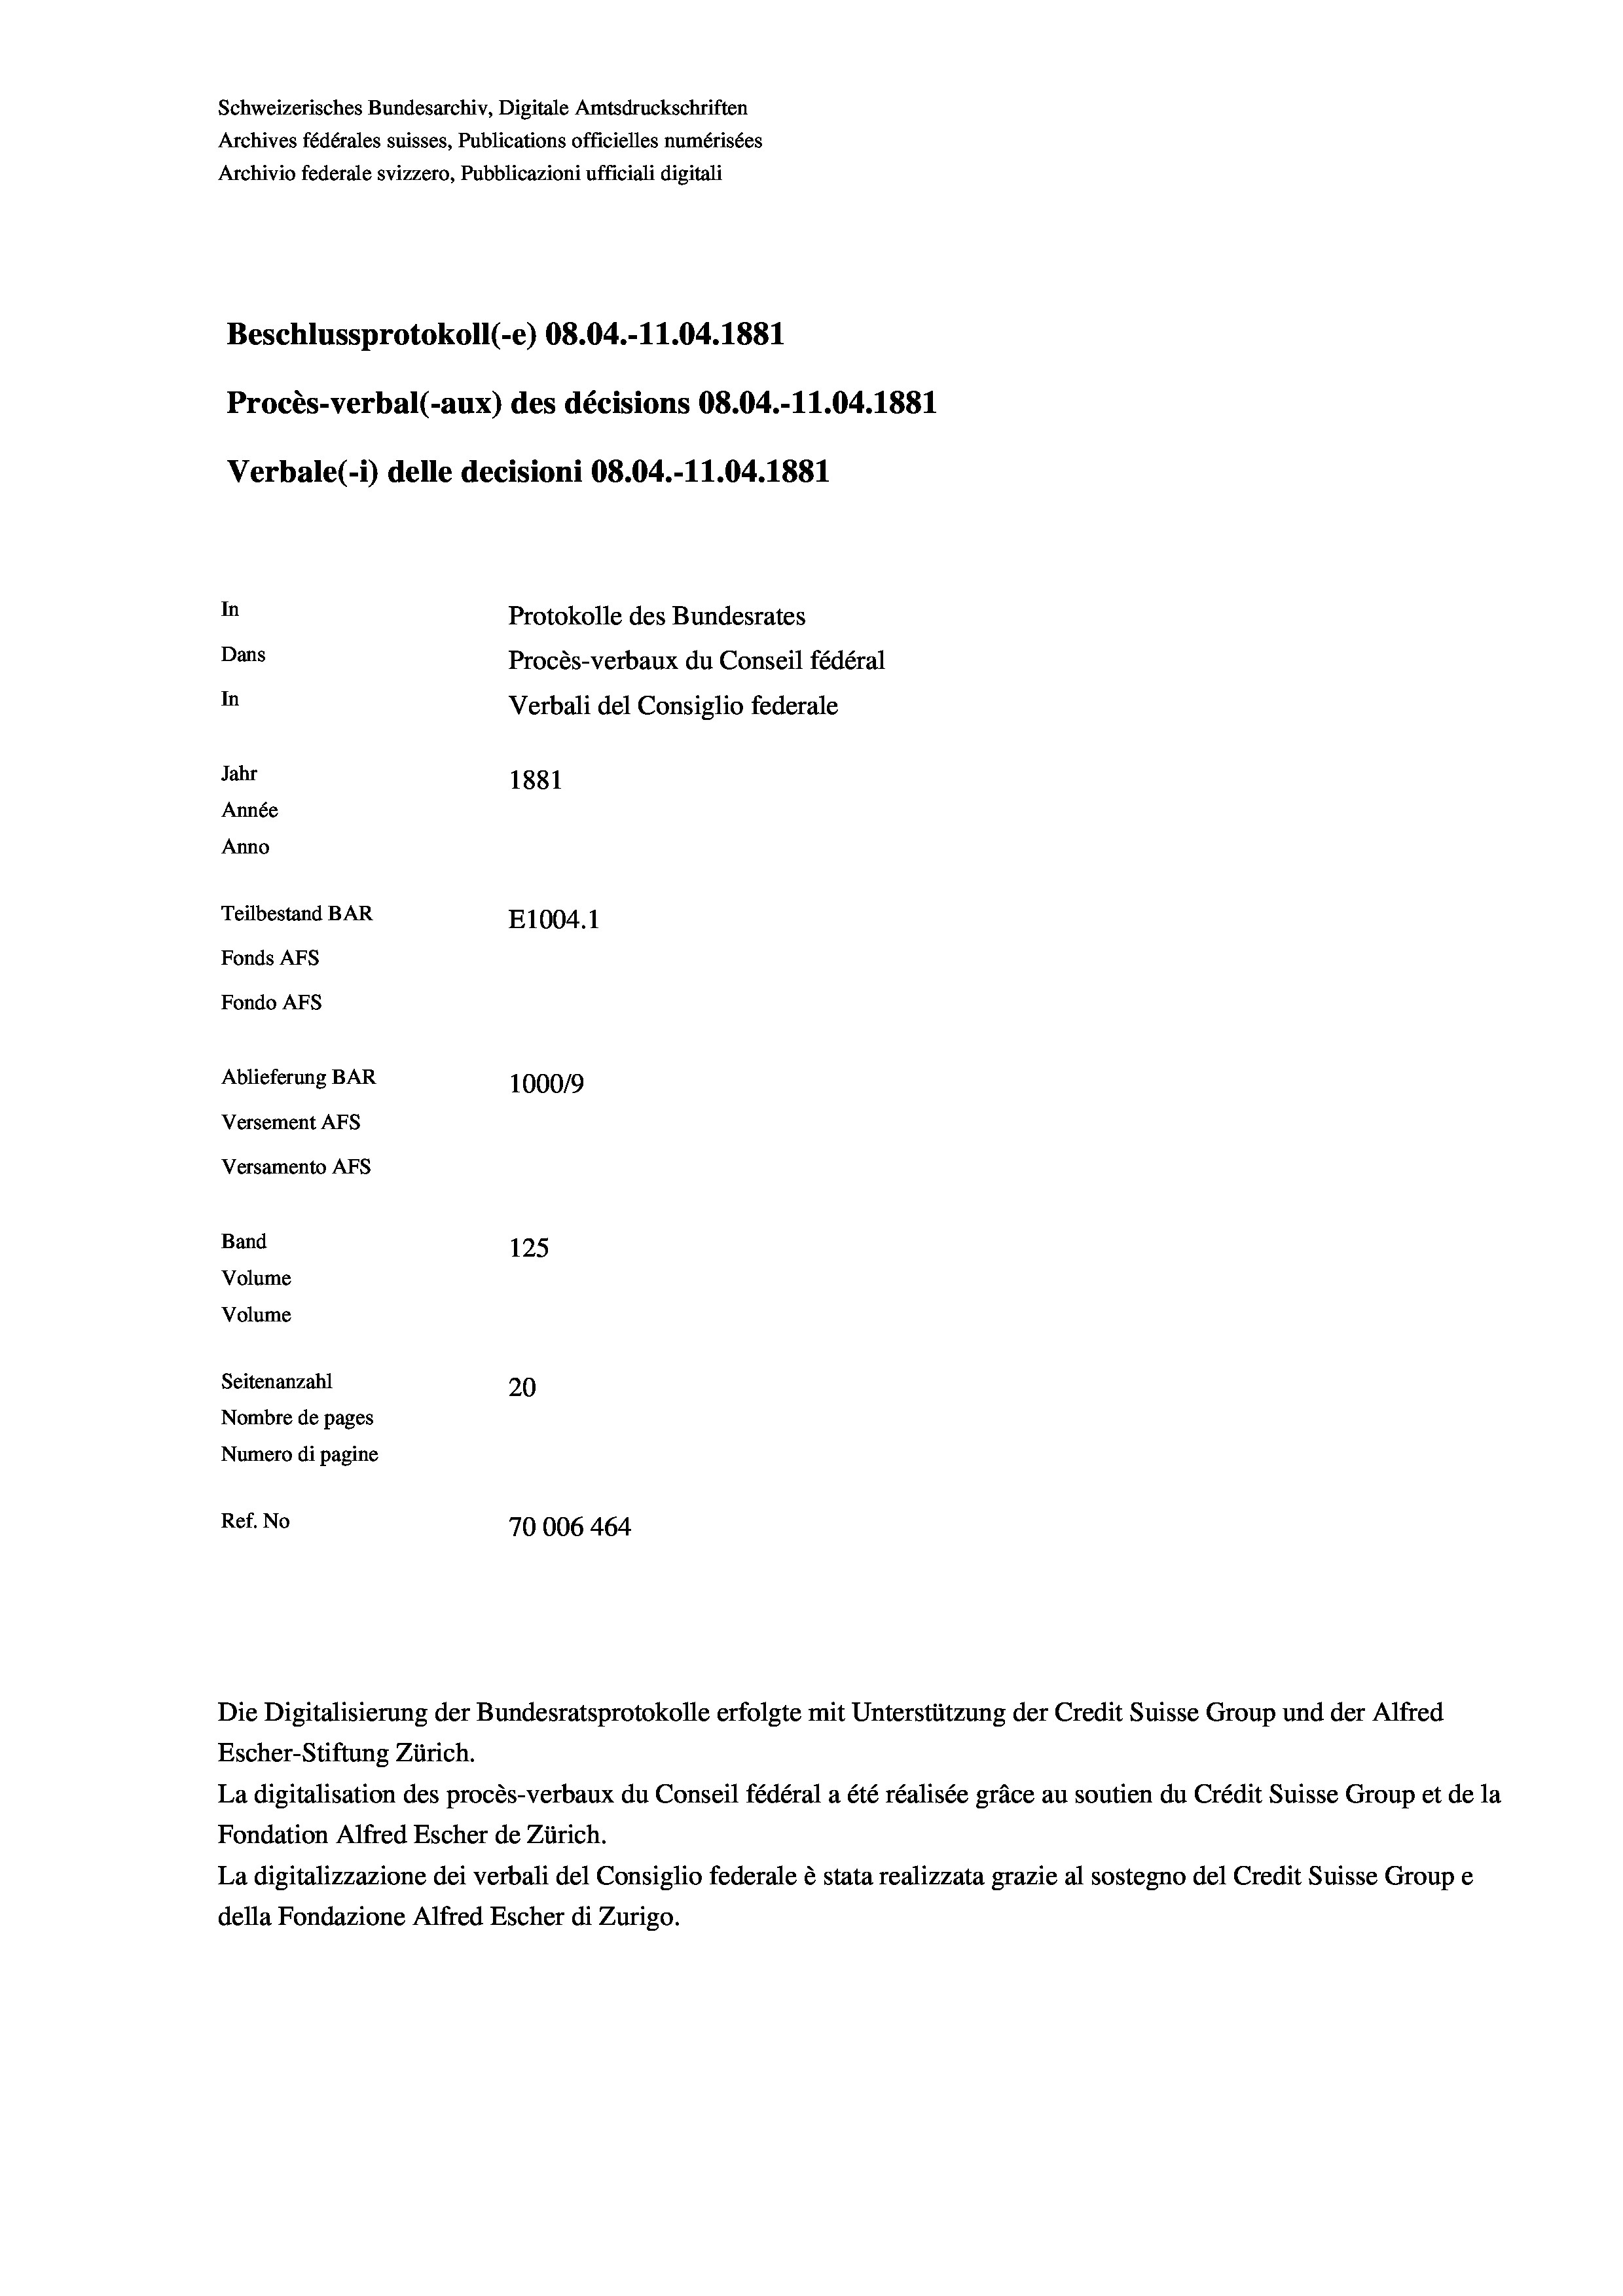
Schweizerisches Bundesarchiv, Digitale Amtsdruckschriften
Archives fédérales suisses, Publications officielles numérisées
Archivio federale svizzero, Pubblicazioni ufficiali digitali
Beschlussprotokoll (-e) 08.04.-11.04. 1881
Procès-verbal (-aux) des décisions 08.04.-11.04. 1881
Verbale (1) delle decisioni 08.04.-11.04. 1881
In
Protokolle des Bundesrates
Dans
Procès-verbaux du Conseil fédéral
In
Verbali del Consiglio federale
Jahr
1881
Année
Anno
Teilbestand BAR
E1004. 1
Fonds AFs
Fondo Afs
Ablieferung BAR
10009
Versement Ans
Versamento Afs
Band
125
Volume

Volume
Seitenanzahl
20
Nombre de pages
Numero di pagine
Ref. No
70006 464

Escher-Stiftung Zürich.
La digitalisation des procès-verbaux du Conseil fédéral a été réalisée gräce au soutien du Crédit Suisse Group et de la
Fondation Alfred Escher de Zürich.
La digitalizzazione dei verbali del Consiglio federale è stata realizzata grazie al sostegno del Credit Suisse Groupe
della Fondazione Alfred Escher di Zurigo.

Die Digitalisierung der Bundesratsprotokolle erfolgte mit Unterstützung der Credit Suisse Group und der Alfred